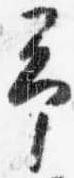
予